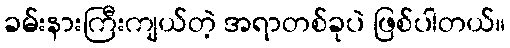
ခမ်းနားကြီးကျယ်တဲ့ အရာတစ်ခုပဲ ဖြစ်ပါတယ်။